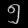
Digit: ၅